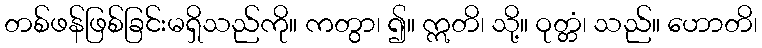
တစ်ဖန်ဖြစ်ခြင်းမရှိသည်ကို။ ကတွာ၊ ၍။ ဣတိ၊ သို့။ ဝုတ္တံ၊ သည်။ ဟောတိ၊